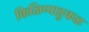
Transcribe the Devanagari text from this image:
किळिप्पाट्टुकळ